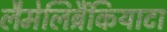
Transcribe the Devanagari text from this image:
लैमेलिब्रैंकियाटा